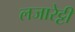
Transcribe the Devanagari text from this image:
लजारेट्टी